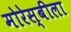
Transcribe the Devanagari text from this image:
मोरेस्बीला